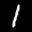
Label: 1